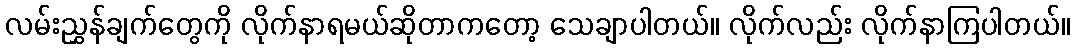
လမ်းညွှန်ချက်တွေကို လိုက်နာရမယ်ဆိုတာကတော့ သေချာပါတယ်။ လိုက်လည်း လိုက်နာကြပါတယ်။